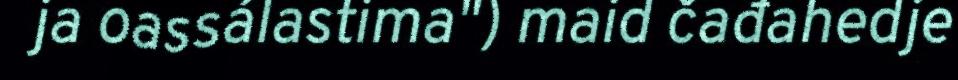
ja oassálastima") maid čađahedje